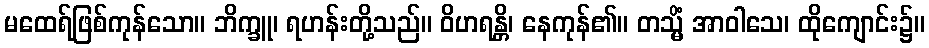
မထေရ်ဖြစ်ကုန်သော။ ဘိက္ခူ၊ ရဟန်းတို့သည်။ ဝိဟရန္တိ၊ နေကုန်၏။ တသ္မိံ အာဝါသေ၊ ထိုကျောင်း၌။